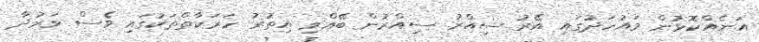
އަނެއްކޮޅުން މައުހަދުގައި އޭރު ސިއްރު ސިއްރުން ބޭއްވި އިތުރު ހަރަކާތްތަކުގައި ވެސް ވަރުދާ